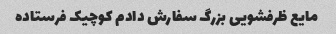
مایع ظرفشویی بزرگ سفارش دادم کوچیک فرستاده